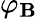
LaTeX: \varphi_{\mathbf{B}}